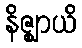
နိဇ္ဈာယိ